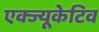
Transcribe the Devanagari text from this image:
एक्ज्यूकेटिव